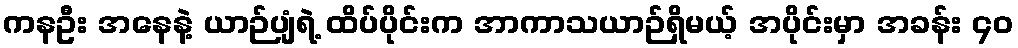
ကနဦး အနေနဲ့ ယာဉ်ပျံရဲ့ ထိပ်ပိုင်းက အာကာသယာဉ်ရှိမယ့် အပိုင်းမှာ အခန်း ၄၀